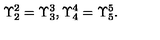
\Upsilon _ { 2 } ^ { 2 } = \Upsilon _ { 3 } ^ { 3 } , \Upsilon _ { 4 } ^ { 4 } = \Upsilon _ { 5 } ^ { 5 } .